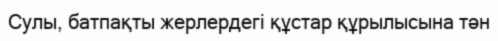
Сулы, батпақты жерлердегі құстар құрылысына тән